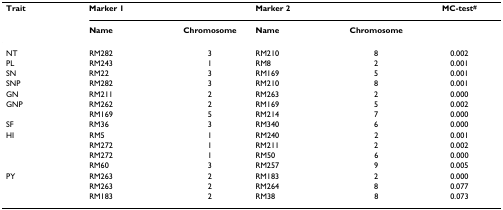
<table><thead><tr><td><b>Trait</b></td><td colspan="2"><b>Marker 1</b></td><td colspan="2"><b>Marker 2</b></td><td><b>MC-test<sup>#</sup></b></td></tr><tr><td></td><td><b>Name</b></td><td><b>Chromosome</b></td><td><b>Name</b></td><td><b>Chromosome</b></td><td></td></tr></thead><tbody><tr><td>NT</td><td>RM282</td><td>3</td><td>RM210</td><td>8</td><td>0.002</td></tr><tr><td>PL</td><td>RM243</td><td>1</td><td>RM8</td><td>2</td><td>0.001</td></tr><tr><td>SN</td><td>RM22</td><td>3</td><td>RM169</td><td>5</td><td>0.001</td></tr><tr><td>SNP</td><td>RM282</td><td>3</td><td>RM210</td><td>8</td><td>0.001</td></tr><tr><td>GN</td><td>RM211</td><td>2</td><td>RM263</td><td>2</td><td>0.000</td></tr><tr><td>GNP</td><td>RM262</td><td>2</td><td>RM169</td><td>5</td><td>0.002</td></tr><tr><td></td><td>RM169</td><td>5</td><td>RM214</td><td>7</td><td>0.000</td></tr><tr><td>SF</td><td>RM36</td><td>3</td><td>RM340</td><td>6</td><td>0.000</td></tr><tr><td>HI</td><td>RM5</td><td>1</td><td>RM240</td><td>2</td><td>0.001</td></tr><tr><td></td><td>RM272</td><td>1</td><td>RM211</td><td>2</td><td>0.002</td></tr><tr><td></td><td>RM272</td><td>1</td><td>RM50</td><td>6</td><td>0.000</td></tr><tr><td></td><td>RM60</td><td>3</td><td>RM257</td><td>9</td><td>0.005</td></tr><tr><td>PY</td><td>RM263</td><td>2</td><td>RM183</td><td>2</td><td>0.000</td></tr><tr><td></td><td>RM263</td><td>2</td><td>RM264</td><td>8</td><td>0.077</td></tr><tr><td></td><td>RM183</td><td>2</td><td>RM38</td><td>8</td><td>0.073</td></tr></tbody></table>